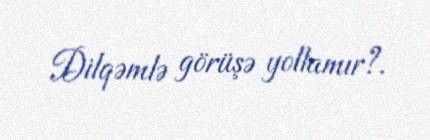
Dilqəmlə görüşə yollamır?.